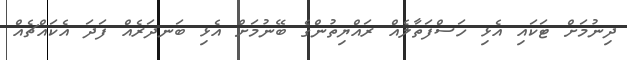
ދިނުމަށް ޓަކައި އެޅި ހަސްފަތާލެއް ރައްޔިތުންގެ ބޭނުމަށް އެޅި ބަނދަރެއް ފަދަ އެކައްޗެއް